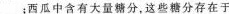
___；西瓜中含有大量糖分，这些糖分存在于